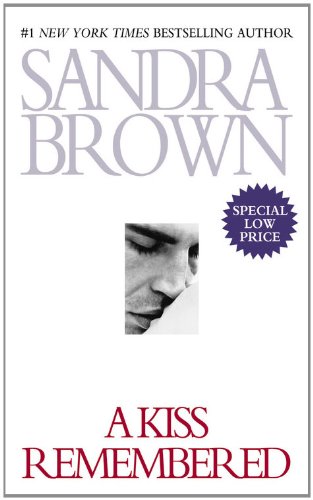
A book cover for A Kiss Remembered; Sandra Brown; Literature & Fiction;